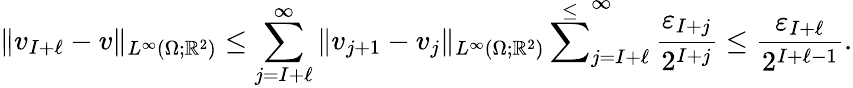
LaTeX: \| v_{I+\ell}-v\| _{L^{\infty}(\Omega;\mathbb R^{2})}\leq\sum_{j=I+\ell}^{\infty}\| v_{j+1}-v_{j}\| _{L^{\infty}(\Omega;\mathbb R^{2})}\overset{\leq}\sum_{j=I+\ell}^{\infty}\frac{\varepsilon_{I+j}}{2^{I+j}}\leq\frac{\varepsilon_{I+\ell}}{2^{I+\ell-1}}.